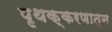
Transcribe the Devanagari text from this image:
पृथक्करणातून